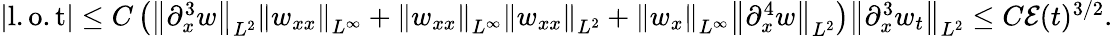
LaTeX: \begin{array}{r}{|\mathrm{l.o.t}|\leq C\left(\left\| \partial_{x}^{3}w\right\| _{L^{2}}\left\| w_{xx}\right\| _{L^{\infty}}+\left\| w_{xx}\right\| _{L^{\infty}}\left\| w_{xx}\right\| _{L^{2}}+\left\| w_{x}\right\| _{L^{\infty}}\left\| \partial_{x}^{4}w\right\| _{L^{2}}\right)\left\| \partial_{x}^{3}w_{t}\right\| _{L^{2}}\leq C\mathcal{E}(t)^{3/2}.}\end{array}